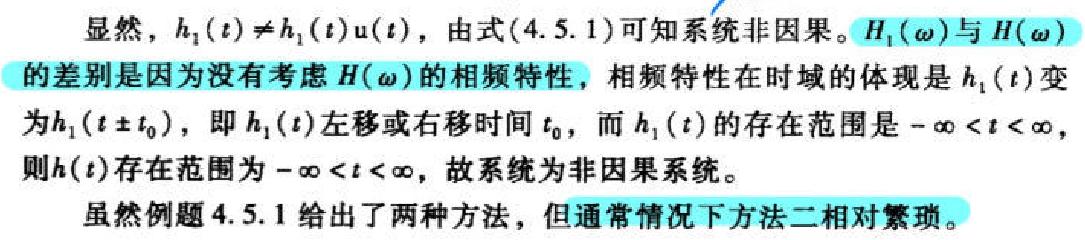
显然，$h_{1}(t)\neq h_{1}(t)\mathrm{u}(t)$，由式(4.5.1)可知系统非因果。$H_{1}(\omega)$与$H(\omega)$的差别是因为没有考虑$H(\omega)$的相频特性，相频特性在时域的体现是$h_{1}(t)$变为$h_{1}(t\pm t_{0})$，即$h_{1}(t)$左移或右移时间$t_{0}$，而$h_{1}(t)$的存在范围是$-\infty < t < \infty$，则$h(t)$存在范围为$-\infty < t < \infty$，故系统为非因果系统。

虽然例题4.5.1给出了两种方法，但通常情况下方法二相对繁琐。